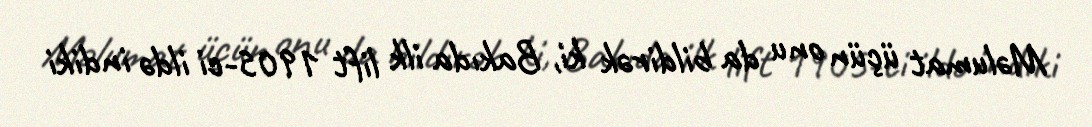
Məlumat üçün onu da bildirək ki, Bakıda ilk lift 1905-ci ildə indiki